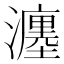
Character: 瀍